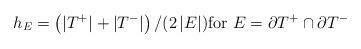
LaTeX: \begin{align*}h_E = \left( |T^+| + |T^-| \right) / ( 2 \, |E| ) \text{for $E= \partial T^+ \cap\partial T^-$}\end{align*}